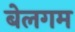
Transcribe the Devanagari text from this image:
बेलगम